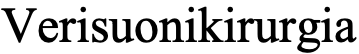
Verisuonikirurgia